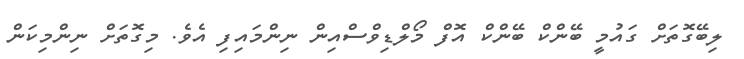
ލިބޭގޮތަށް ގައުމީ ބޭންކް ބޭންކް އޮފް މޯލްޑިވްސްއިން ނިންމައިފި އެވެ. މިގޮތަށް ނިންމިކަން